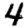
Digit: 4